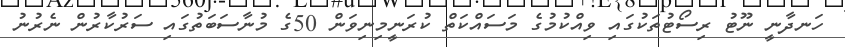
ހަނދާނީ ނޫޓު ރިސޯޓުތަކުގައި ވިއްކުމުގެ މަސައްކަތް ކުރަނީމިނިވަން 50ގެ މުނާސަބަތުގައި ސަރުކާރުން ނެރުނު